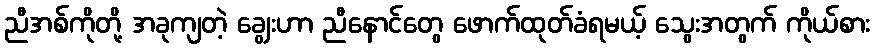
ညီအစ်ကိုတို့ အခုကျတဲ့ ချွေးဟာ ညီနောင်တွေ ဖောက်ထုတ်ခံရမယ့် သွေးအတွက် ကိုယ်စား